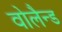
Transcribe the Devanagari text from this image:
वोलैन्ड